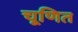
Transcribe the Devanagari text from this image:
चूणित